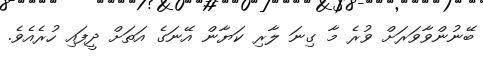
ބޭނުންވާވަރަށް ވުރެ މާ ގިނަ ލާރި ކަޔާން އޭނަގެ އަތަށް ދީފައި ހުރެއެވެ.